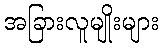
အခြားလူမျိုးများ